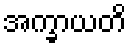
အက္ခာယတိ